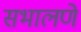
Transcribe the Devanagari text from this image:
सभालणे